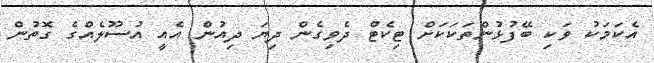
އެކަމަކު ވަކި ބޭފުޅުންތަކަކަށް ޓިކެޓް ދެވިގެން ދިޔަ ދިއުން އެއީ އުސޫލެއްގެ ގޮތުން